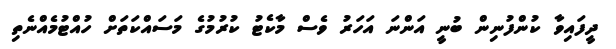
ދީފައިވާ ކުންފުނިން ބުނީ އަންނަ އަހަރު ވެސް މާކެޓު ކުރުމުގެ މަސައްކަތަށް ހުއްޓުމެއްނެތި